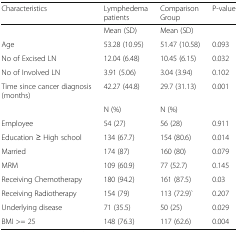
<table><thead><tr><td><b>Characteristics</b></td><td><b>Lymphedema patients</b></td><td><b>Comparison Group</b></td><td><b>P-value</b></td></tr></thead><tbody><tr><td></td><td>Mean (SD)</td><td>Mean (SD)</td><td></td></tr><tr><td>Age</td><td>53.28 (10.95)</td><td>51.47 (10.58)</td><td>0.093</td></tr><tr><td>No of Excised LN</td><td>12.04 (6.48)</td><td>10.45 (6.15)</td><td>0.032</td></tr><tr><td>No of Involved LN</td><td>3.91 (5.06)</td><td>3.04 (3.94)</td><td>0.102</td></tr><tr><td>Time since cancer diagnosis (months)</td><td>42.27 (44.8)</td><td>29.7 (31.13)</td><td>0.001</td></tr><tr><td></td><td>N (%)</td><td>N (%)</td><td></td></tr><tr><td>Employee</td><td>54 (27)</td><td>56 (28)</td><td>0.911</td></tr><tr><td>Education ≥ High school</td><td>134 (67.7)</td><td>154 (80.6)</td><td>0.014</td></tr><tr><td>Married</td><td>174 (87)</td><td>160 (80)</td><td>0.079</td></tr><tr><td>MRM</td><td>109 (60.9)</td><td>77 (52.7)</td><td>0.145</td></tr><tr><td>Receiving Chemotherapy</td><td>180 (94.2)</td><td>161 (87.5)</td><td>0.03</td></tr><tr><td>Receiving Radiotherapy</td><td>154 (79)</td><td>113 (72.9)`</td><td>0.207</td></tr><tr><td>Underlying disease</td><td>71 (35.5)</td><td>50 (25)</td><td>0.029</td></tr><tr><td>BMI &gt;= 25</td><td>148 (76.3)</td><td>117 (62.6)</td><td>0.004</td></tr></tbody></table>